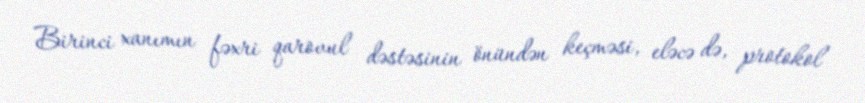
Birinci xanımın fəxri qarovul dəstəsinin önündən keçməsi, eləcə də, protokol